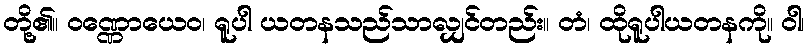
တို့၏။ ဝဏ္ဏောယေဝ၊ ရူပါ ယတနသည်သာလျှင်တည်း။ တံ၊ ထိုရူပါယတနကို။ ဝါ၊